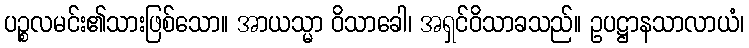
ပဉ္စလမင်း၏သားဖြစ်သော။ အာယသ္မာ ဝိသာခေါ၊ အရှင်ဝိသာခသည်။ ဥပဋ္ဌာနသာလာယံ၊